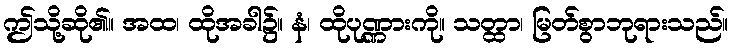
ဤသို့ဆို၏။ အထ၊ ထိုအခါ၌။ နံ၊ ထိုပုဏ္ဏားကို။ သတ္ထာ၊ မြတ်စွာဘုရားသည်။